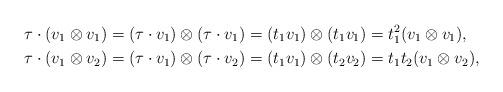
LaTeX: \begin{align*} &\tau \cdot (v_1 \otimes v_1) = (\tau \cdot v_1) \otimes (\tau \cdot v_1) = (t_1 v_1) \otimes (t_1 v_1) = t_1^2 (v_1 \otimes v_1),\\ &\tau \cdot (v_1 \otimes v_2) = (\tau \cdot v_1) \otimes (\tau \cdot v_2) = (t_1 v_1) \otimes (t_2 v_2) = t_1 t_2 (v_1 \otimes v_2), \end{align*}